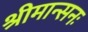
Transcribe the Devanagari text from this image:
श्रीमान्सनः